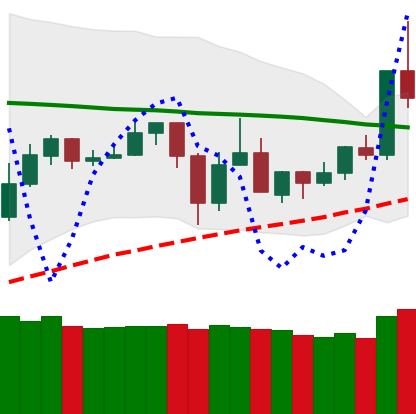
Ticker: TRX-USD
Chart end date: 2020-05-31
Forward return: 6.589%
Label: up_5_7